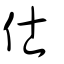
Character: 仕